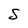
Character: S